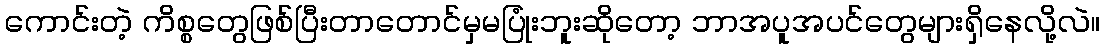
ကောင်းတဲ့ ကိစ္စတွေဖြစ်ပြီးတာတောင်မှမပြုံးဘူးဆိုတော့ ဘာအပူအပင်တွေများရှိနေလို့လဲ။